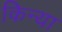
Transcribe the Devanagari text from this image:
किन्या